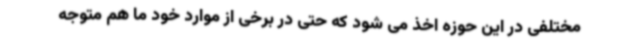
مختلفی در این حوزه اخذ می شود که حتی در برخی از موارد خود ما هم متوجه